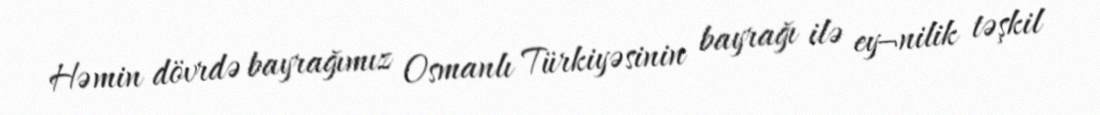
Həmin dövrdə bayrağımız Osmanlı Türkiyəsinin bayrağı ilə ey¬nilik təşkil